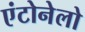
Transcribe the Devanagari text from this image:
एंटोनेलो